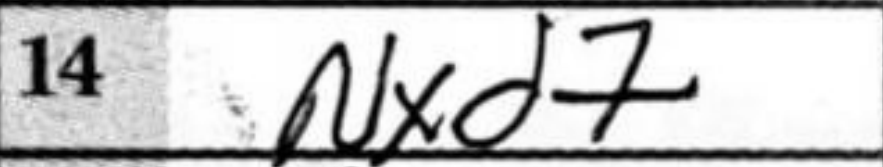
Transcription: Nxd7